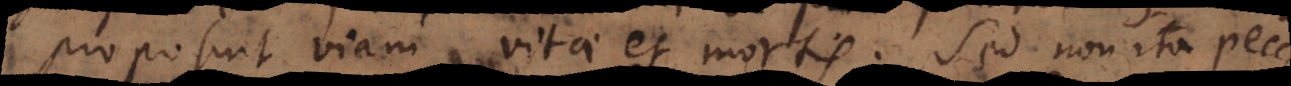
proposuit viam vitae et mortis. Sed non ita pecca